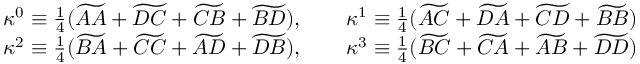
\begin{array} { c c } { \kappa ^ { 0 } \equiv \frac { 1 } { 4 } ( \widetilde { A A } + \widetilde { D C } + \widetilde { C B } + \widetilde { B D } ) , \qquad \kappa ^ { 1 } \equiv \frac { 1 } { 4 } ( \widetilde { A C } + \widetilde { D A } + \widetilde { C D } + \widetilde { B B } ) } \\ { \kappa ^ { 2 } \equiv \frac { 1 } { 4 } ( \widetilde { B A } + \widetilde { C C } + \widetilde { A D } + \widetilde { D B } ) , \qquad \kappa ^ { 3 } \equiv \frac { 1 } { 4 } ( \widetilde { B C } + \widetilde { C A } + \widetilde { A B } + \widetilde { D D } ) } \end{array}